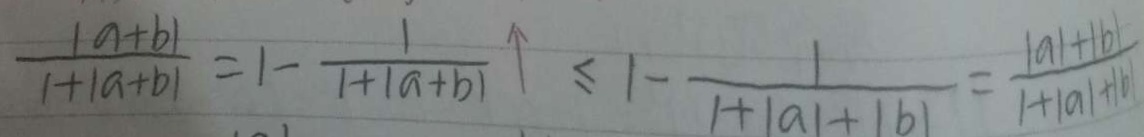
\frac { 1 a + b \vert } { 1 + \vert a + b \vert } = 1 - \frac { 1 } { 1 + \vert a + b \vert } \vert \leq 1 - \frac { 1 } { 1 + \vert a \vert + \vert b \vert } = \frac { 1 a \vert + \vert b \vert } { 1 + \vert a \vert + \vert b \vert }